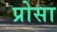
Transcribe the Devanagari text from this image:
प्रोसा